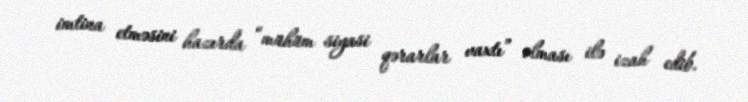
imtina etməsini hazırda “mühüm siyasi qərarlar vaxtı” olması ilə izah edib.